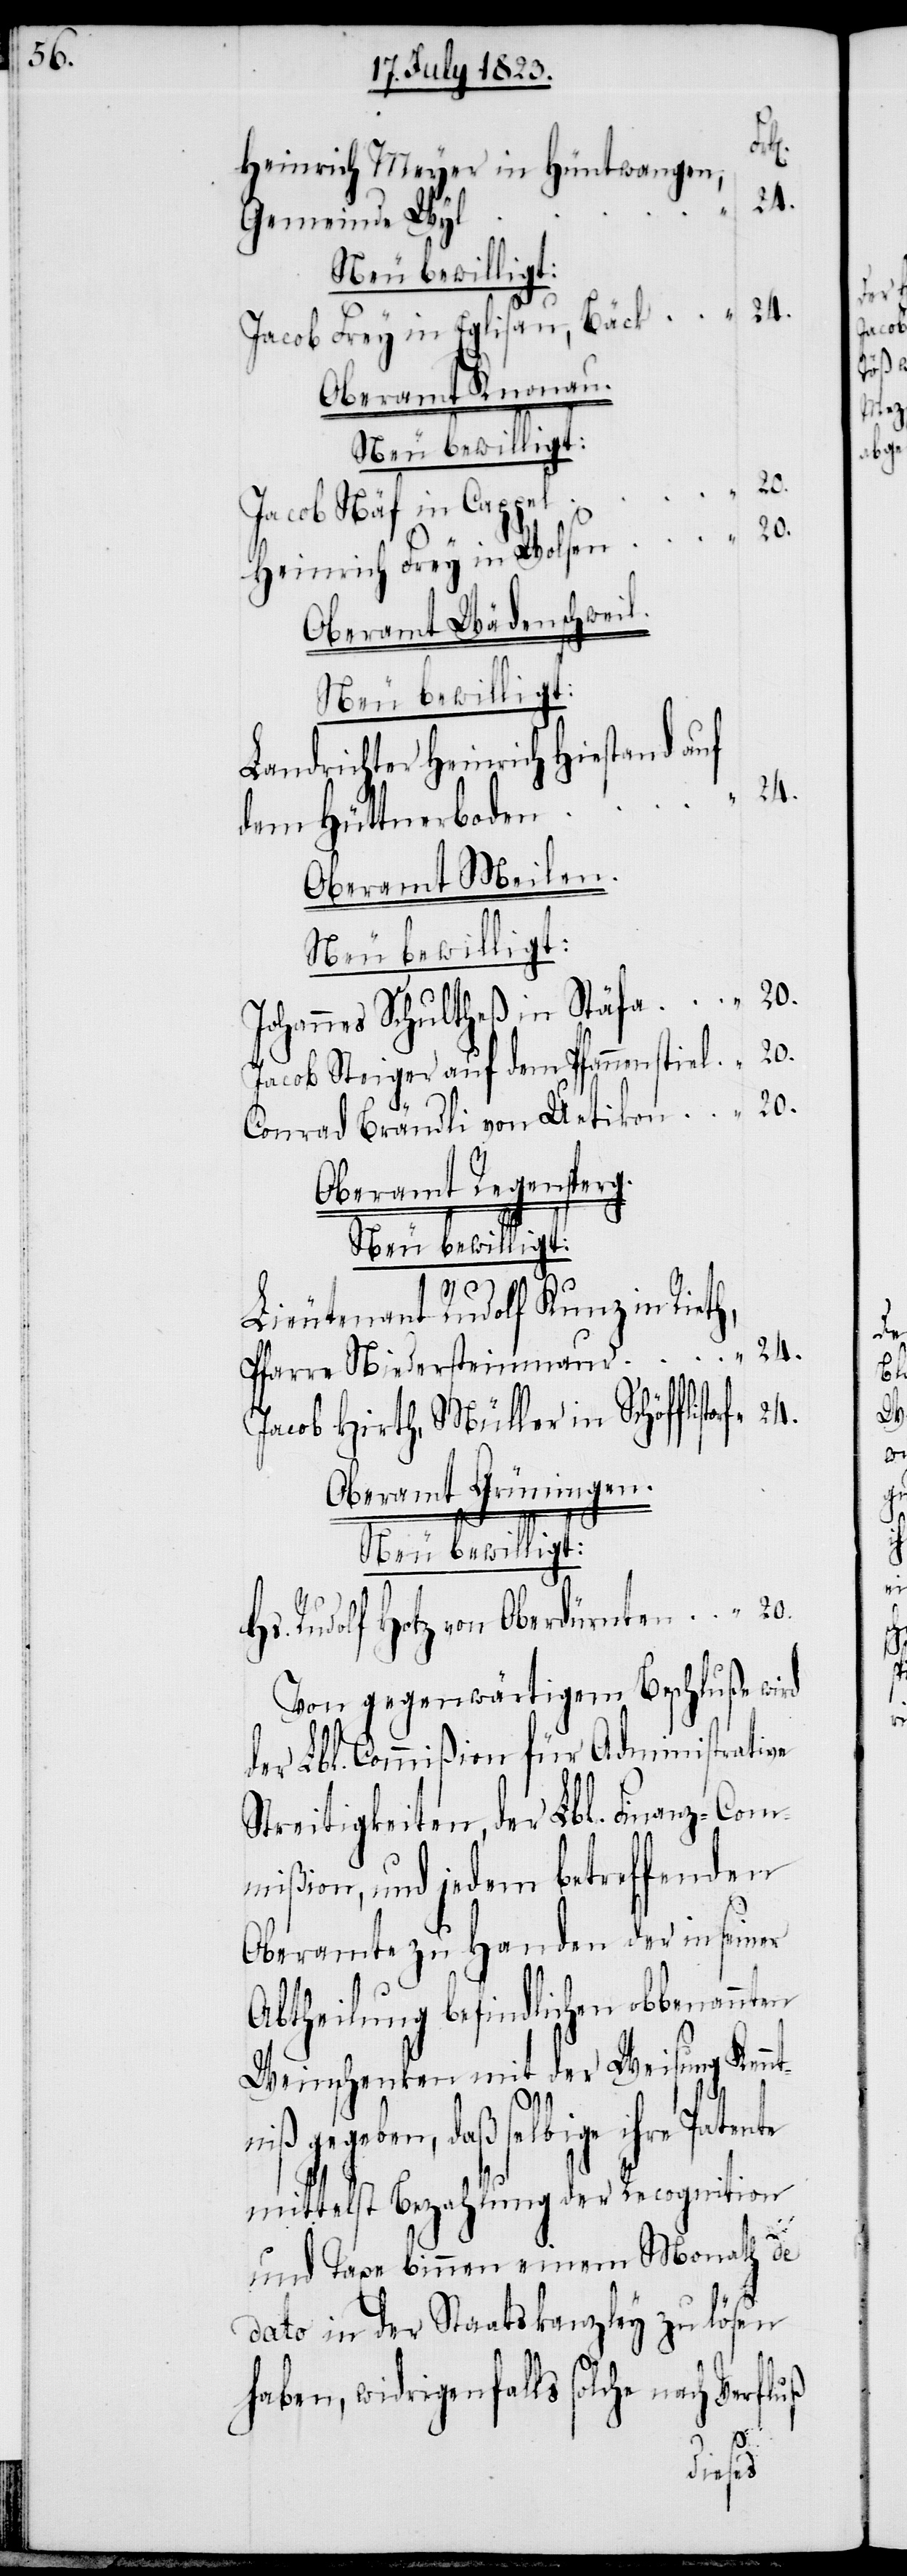
Hs.
Heinrich Meyer in Hüntwangen,
Gemeinde Wyl
Jacob Frey in Eglisau, Bäck
Oberamt Knonau.
Neu bewilligt:
Jacob Näf in Cappel
20.
Heinrich Frey in Wolsen
Oberamt Wädenschweil.
Neu bewilligt:
Landrichter Heinrich Hiestand auf
dem Hüttnerboden
Oberamt Meilen.
Neu bewilligt:
Johannes Schultheß in Stäfa
20.
Jacob Steiger auf dem Pfannenstiel
Conrad Brändli von Uetikon
Oberamt Regensperg.
Neu bewilligt:
Lieutenant Rudolf Kunz in Rieth,
24.
Pfarre Niedersteinmaur
Jacob Hirth, Müller in Schöfflistorf
Oberamt Grüningen.
Rudolf Hotz von Oberdürnten
Von gegenwärtigem Beschluße wird
der Lbl. Commißion für Administrative
Streitigkeiten, der Lbl. Finanz-Com¬
mißion, und jedem betreffenden
Oberamte zu Handen der in seiner
Abtheilung befindlichen obbenannten
Weinschenken mit der Weisung Kennt¬
niß gegeben, daß selbige ihre Patente
mittelst Bezahlung der Recognition
und Taxe binnen einem Monath de
dato in der Staatskanzley zu lösen
haben, widrigen falls solche nach Verfluß